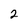
Character: 2